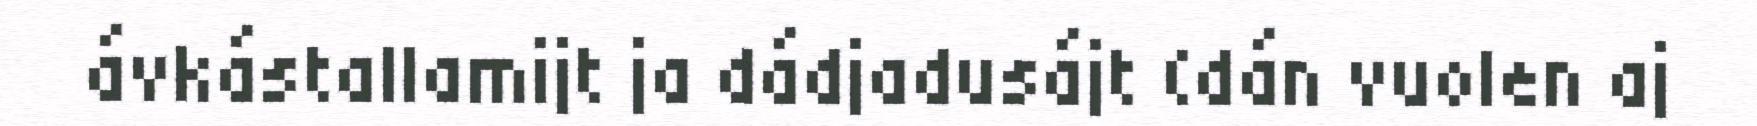
ávkástallamijt ja dádjadusájt (dán vuolen aj